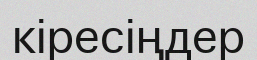
кіресіңдер